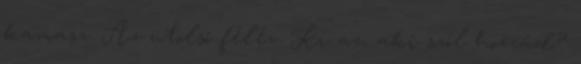
kamasz. Az utolsó félév Ki az, aki szól hozzád?